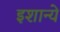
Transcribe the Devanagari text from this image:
इशान्ये